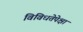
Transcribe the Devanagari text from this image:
विविधतेपेक्षा